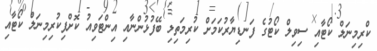
ކްރިމިނަލް ކޯޓާއި ސިވިލް ކޯޓުގެ ފަނޑިޔާރުކަމަށް ކުރިމަތިލި ބޭފުޅުންނާއި އިންޓަވިއު ކޮށްފިކުރިމިނަލް ކޯޓާއި